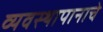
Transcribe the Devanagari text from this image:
व्यवस्थापानाचे